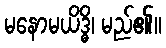
မနောမယိဒ္ဓိ၊ မည်၏။